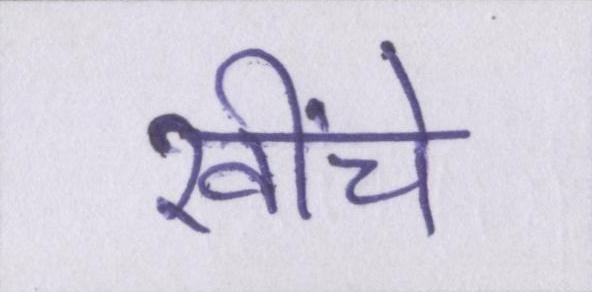
खींचे